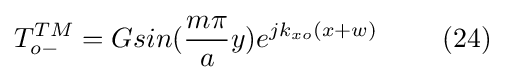
T_{o-}^{TM}=Gsin({\frac {m\pi }{a}}y)e^{jk_{xo}(x+w)}\ \ \ \ \ \ \ (24)